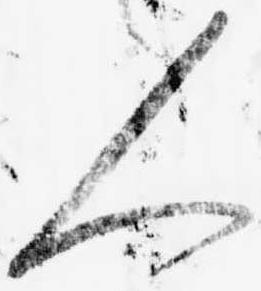
人